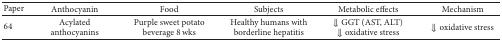
<table><thead><tr><td><b>Paper</b></td><td><b>Anthocyanin</b></td><td><b>Food</b></td><td><b>Subjects</b></td><td><b>Metabolic effects</b></td><td><b>Mechanism</b></td></tr></thead><tbody><tr><td>64</td><td>Acylated anthocyanins</td><td>Purple sweet potato beverage 8 wks</td><td>Healthy humans with borderline hepatitis</td><td>⇓ GGT (AST, ALT)⇓ oxidative stress</td><td>⇓ oxidative stress</td></tr></tbody></table>